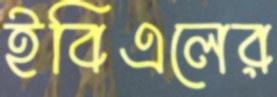
ইবিএলের